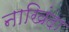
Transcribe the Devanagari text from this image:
नाखिंदा